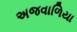
અજવાળિયા